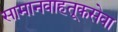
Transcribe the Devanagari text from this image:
सामानवाहतूकसेवा